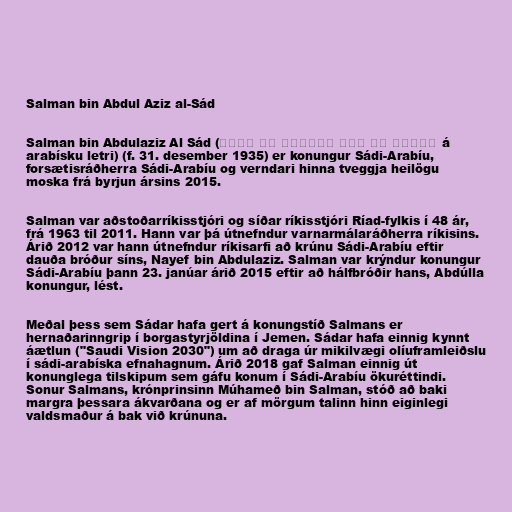
Salman bin Abdul Aziz al-Sád

Salman bin Abdulaziz Al Sád (سلمان بن عبد العزیز آل سعود á
arabísku letri) (f. 31. desember 1935) er konungur Sádi-Arabíu,
forsætisráðherra Sádi-Arabíu og verndari hinna tveggja heilögu
moska frá byrjun ársins 2015.

Salman var aðstoðarríkisstjóri og síðar ríkisstjóri Ríad-fylkis í 48 ár,
frá 1963 til 2011. Hann var þá útnefndur varnarmálaráðherra ríkisins.
Árið 2012 var hann útnefndur ríkisarfi að krúnu Sádi-Arabíu eftir
dauða bróður síns, Nayef bin Abdulaziz. Salman var krýndur konungur
Sádi-Arabíu þann 23. janúar árið 2015 eftir að hálfbróðir hans, Abdúlla
konungur, lést.

Meðal þess sem Sádar hafa gert á konungstíð Salmans er
hernaðarinngrip í borgastyrjöldina í Jemen. Sádar hafa einnig kynnt
áætlun ("Saudi Vision 2030") um að draga úr mikilvægi olíuframleiðslu
í sádi-arabíska efnahagnum. Árið 2018 gaf Salman einnig út
konunglega tilskipum sem gáfu konum í Sádi-Arabíu ökuréttindi.
Sonur Salmans, krónprinsinn Múhameð bin Salman, stóð að baki
margra þessara ákvarðana og er af mörgum talinn hinn eiginlegi
valdsmaður á bak við krúnuna.